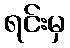
ရင်းမှ